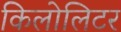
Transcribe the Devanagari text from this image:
किलोलिटर